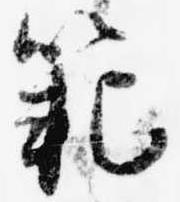
範